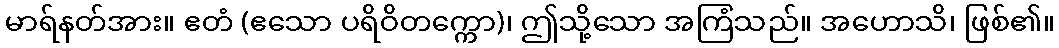
မာရ်နတ်အား။ ဧတံ (ဧသော ပရိဝိတက္ကော)၊ ဤသို့သော အကြံသည်။ အဟောသိ၊ ဖြစ်၏။